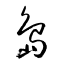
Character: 島